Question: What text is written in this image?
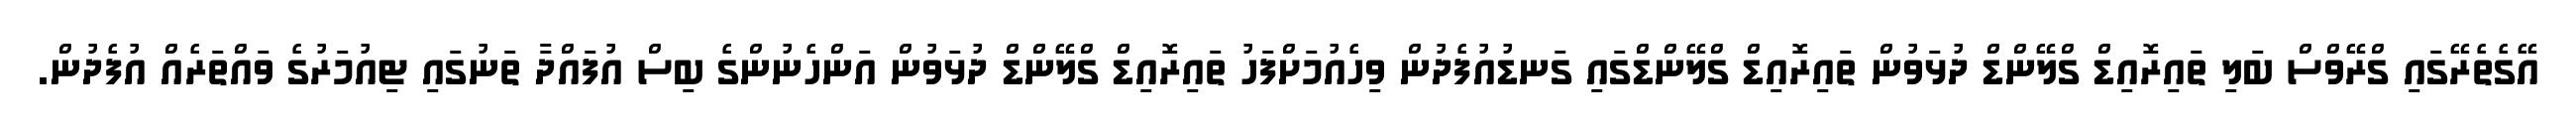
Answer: އޭގެތެރޭގައި ގްރޭވްސް ބަލި ތައިރޮއިޑް ގްލޭންޑް ދުޅަވުން ތައިރޮއިޑް ގްލޭންޑްގައި ގަނޑުއުފެދުން ވިހެއުމަށްފަހު ތައިރޮއިޑް ގްލޭންޑް ދުޅަވުން އަންހެނުންގެ ބިސް އުފައްދާ ތަނުގައި ޓިއުމަރުގެ ވައްތަރެއް އުފެދުން.